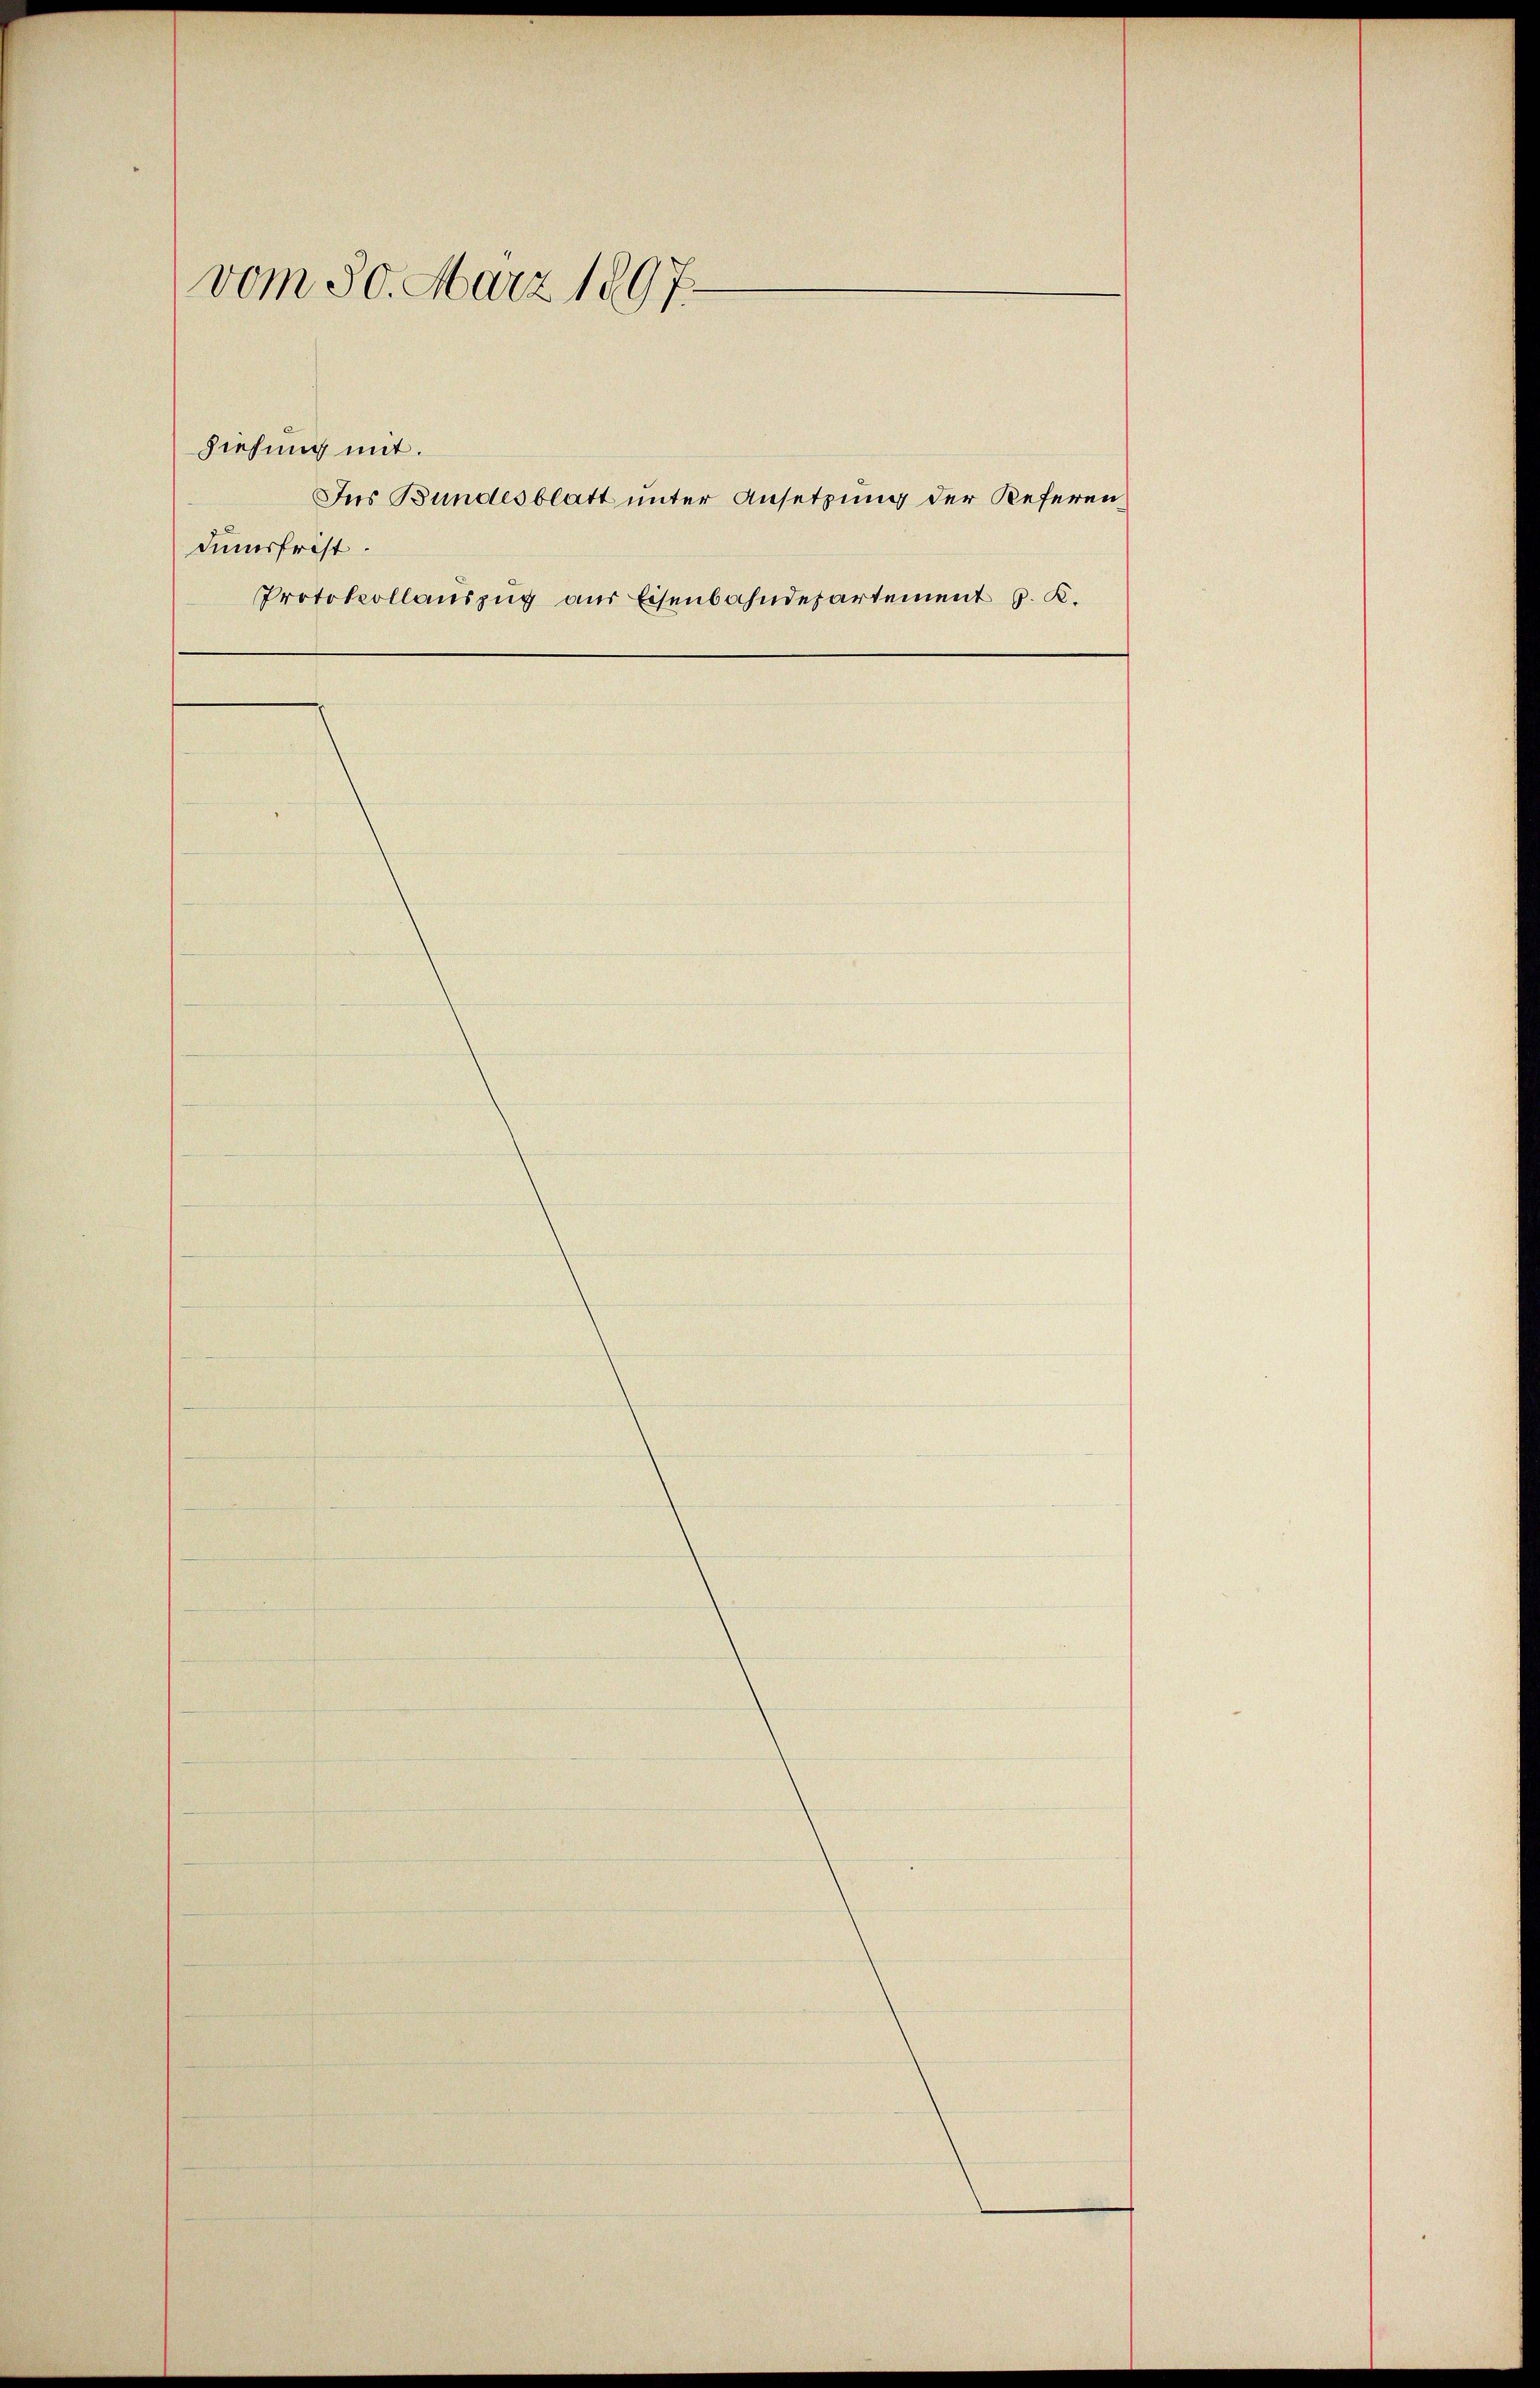
vom 30. März 1897.
Ziehung mit.
Ins Bundesblatt unter Ansetzung der Referen,
Fumsfrist.
Protokollauszug aus Eisenbahndepartement J. K.